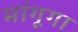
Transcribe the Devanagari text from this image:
मांगूगा